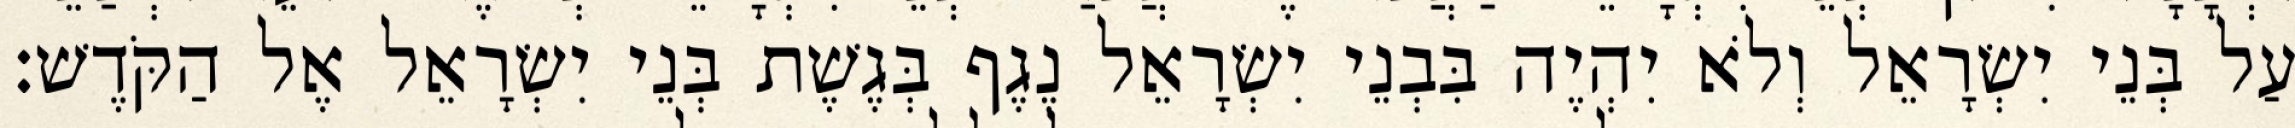
עַל בְּנֵי יִשְׂרָאֵל וְלֹא יִהְיֶה בִּבְנֵי יִשְׂרָאֵל נֶגֶף בְּגֶשֶׁת בְּנֵי יִשְׂרָאֵל אֶל הַקֹּדֶשׁ׃